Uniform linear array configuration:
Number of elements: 24
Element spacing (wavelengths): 0.5
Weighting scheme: cosine
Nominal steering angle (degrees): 15
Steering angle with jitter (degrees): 16.571
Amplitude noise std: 0.05
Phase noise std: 0.05

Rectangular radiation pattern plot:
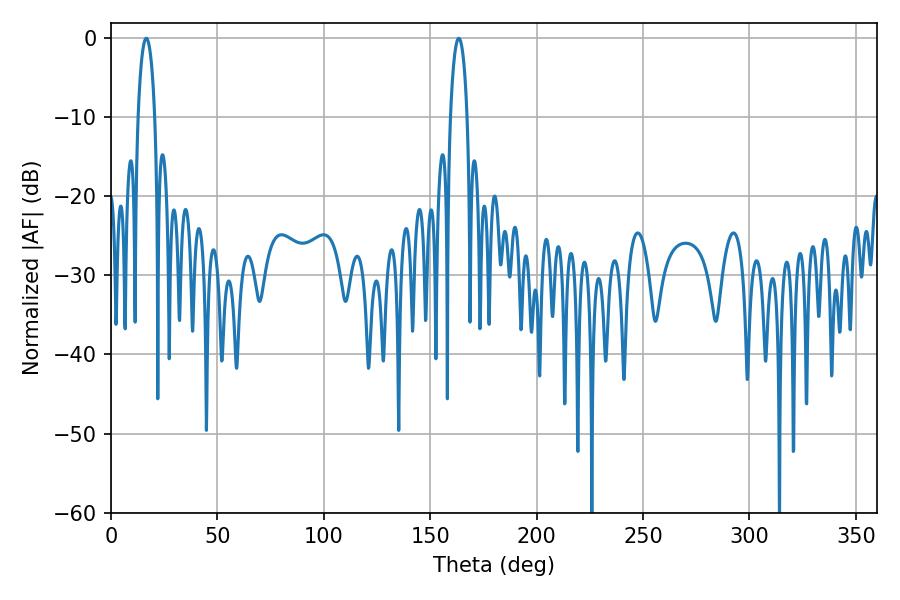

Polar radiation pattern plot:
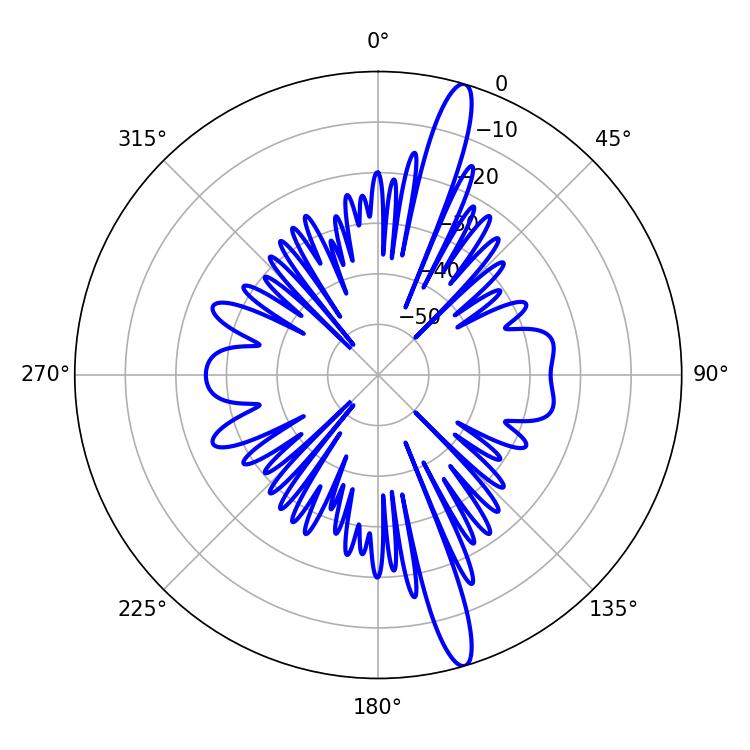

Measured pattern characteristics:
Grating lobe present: FALSE
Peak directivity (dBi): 16.044
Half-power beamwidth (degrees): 4.5
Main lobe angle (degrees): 16.56